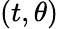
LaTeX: (t,\theta)